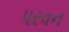
પરવન